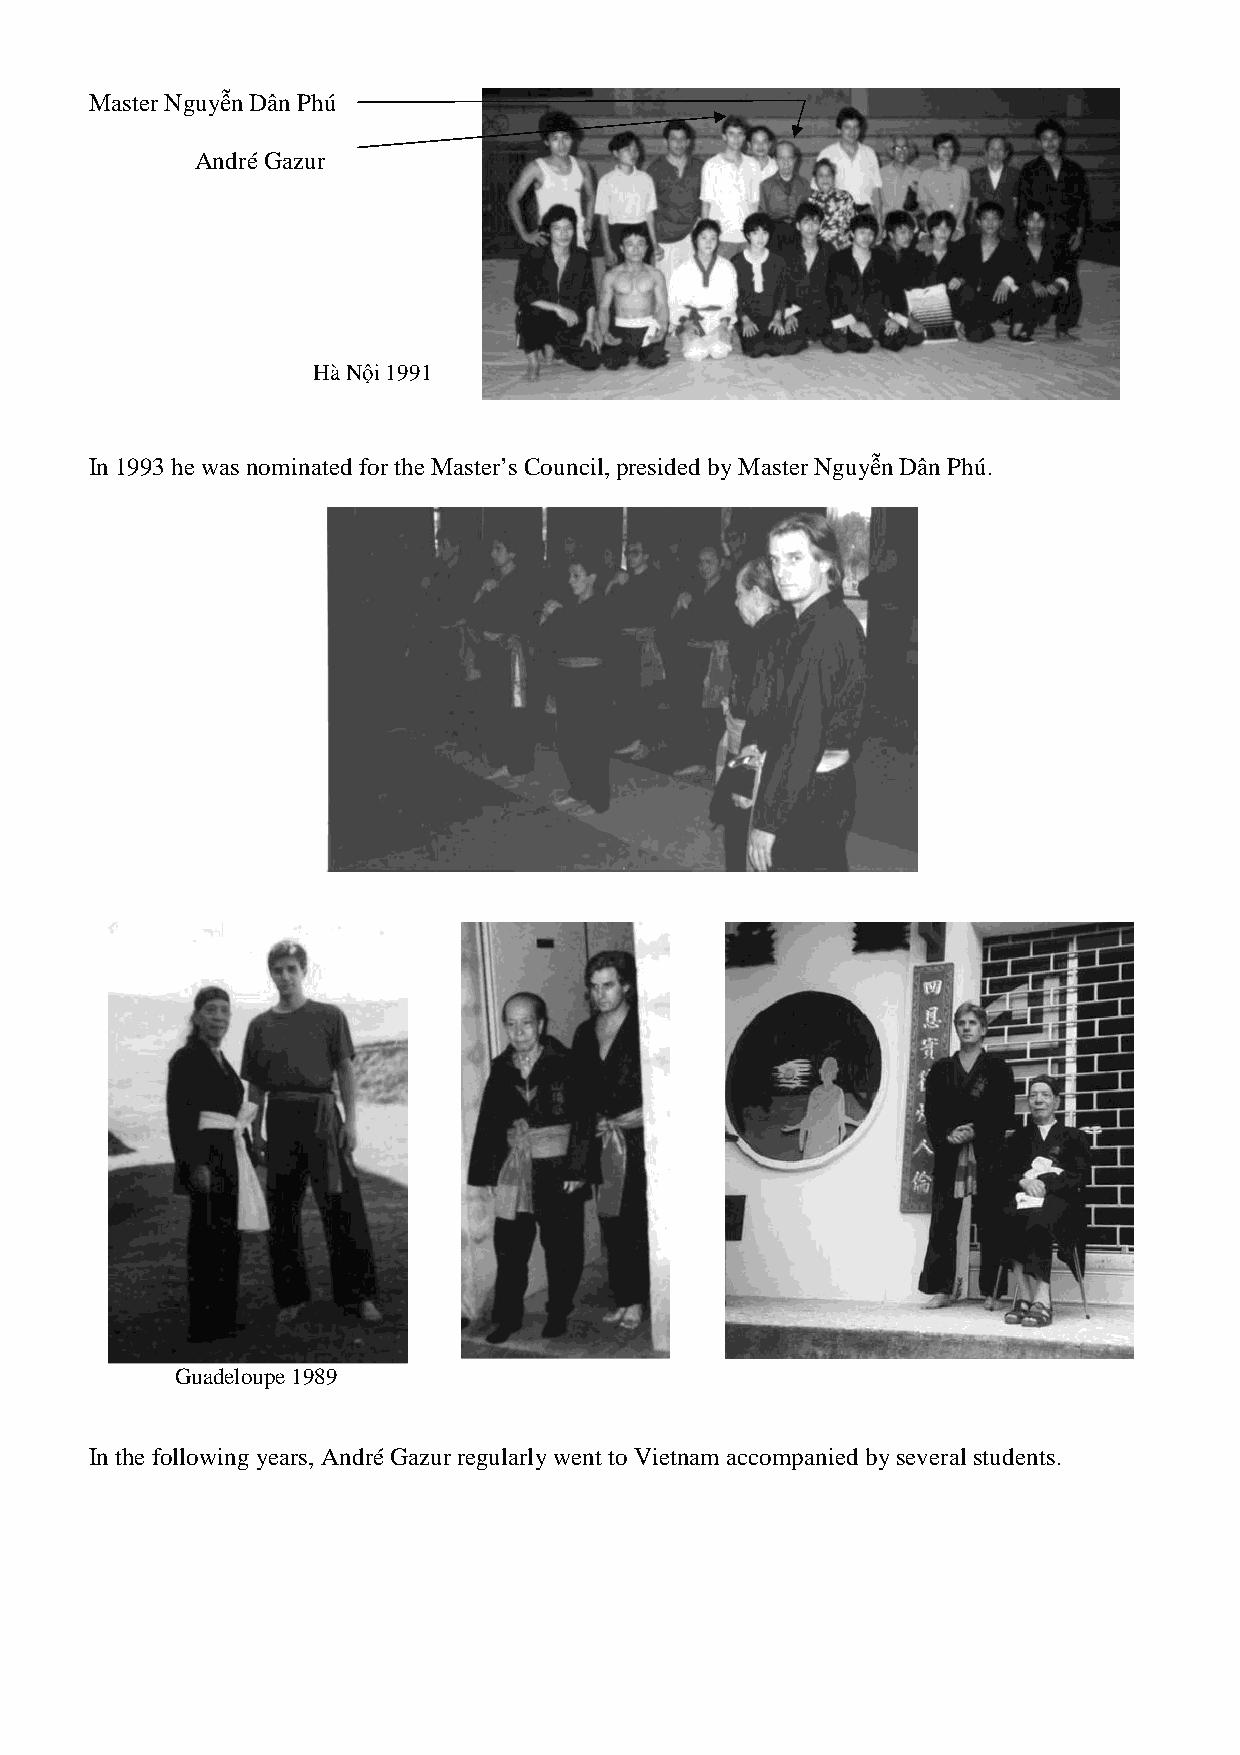
Master Nguyễn Dân Phú
 André Gazur
 Hà Nội 1991
 In 1993 he was nominated ffoorr tthhee MMaasster’s Council, presided by Master Nguyễnn DDâânn PPhhúú..
 Guadeloupe 1989
 IInn tthhee ffoolllloowwiinngg yyeeaarrss,, AAnnddrréé GGaazzuurr regularly went to Vietnam accompanied by sseevveerraall students.